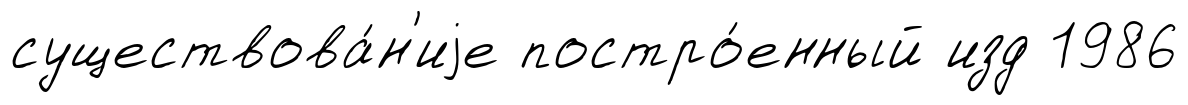
существова́н'иjе постро́енный изд 1986